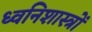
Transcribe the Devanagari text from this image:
ध्वनिशास्त्रों